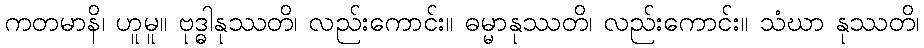
ကတမာနိ၊ ဟူမူ။ ဗုဒ္ဓါနုဿတိ၊ လည်းကောင်း။ ဓမ္မာနုဿတိ၊ လည်းကောင်း။ သံဃာ နုဿတိ၊